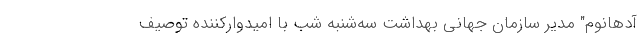
آدهانوم" مدیر سازمان جهانی بهداشت سه‌شنبه شب با امیدوارکننده توصیف